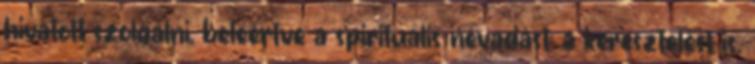
hivatott szolgálni, beleértve a spirituális névadást: a keresztelést is.